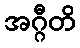
အဂ္ဂီတိ